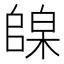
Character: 𪳦